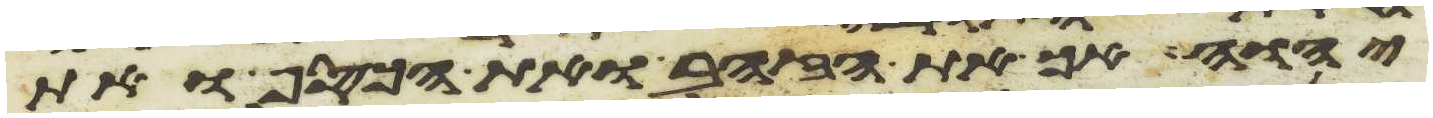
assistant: יהוה אך את הזהב ואת הכסף ואת